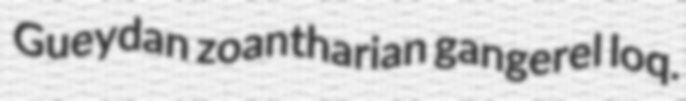
Gueydan zoantharian gangerel loq.